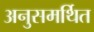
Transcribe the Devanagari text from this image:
अनुसमर्थित